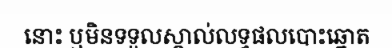
នោះ ឬមិនទទួលស្គាល់លទ្ធផលបោះឆ្នោត